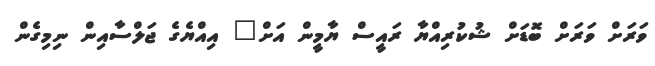
ވަރަށް ވަރަށް ބޮޑަށް ޝުކުރިއްޔާ ރައީސް ޔާމީން އަށް" އިއްޔެގެ ޖަލްސާއިން ނިމިގެން